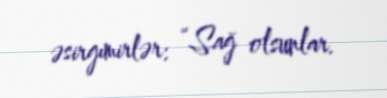
əsirgımirlər: “Sağ olsunlar.